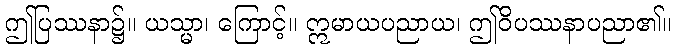
ဤပြဿနာ၌။ ယသ္မာ၊ ကြောင့်။ ဣမာယပညာယ၊ ဤဝိပဿနာပညာ၏။